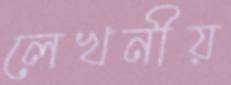
লেখনীয়